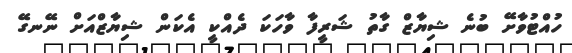
ހުއްޓުވާށޭ ބުނެ ޝިޔާޒް ގާތު ޝަރީފާ ވާހަކަ ދެއްކީ އެކަން ޝިޔާޒްއަށް ނޭނގޭ